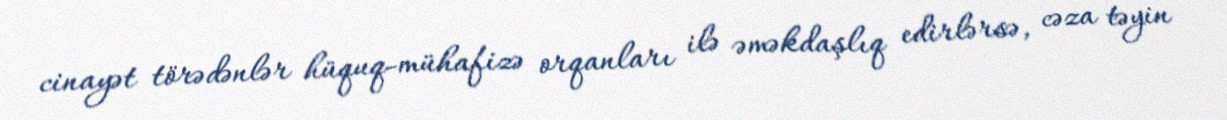
cinayət törədənlər hüquq-mühafizə orqanları ilə əməkdaşlıq edirlərsə, cəza təyin